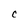
Character: C